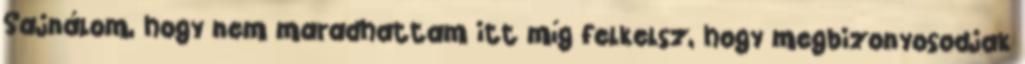
Sajnálom, hogy nem maradhattam itt míg felkelsz, hogy megbizonyosodjak